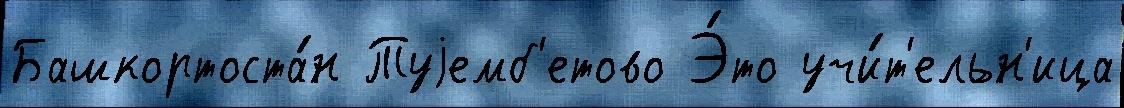
Башкортоста́н Туjемб'етово Э́то учи́т'ельн'ица